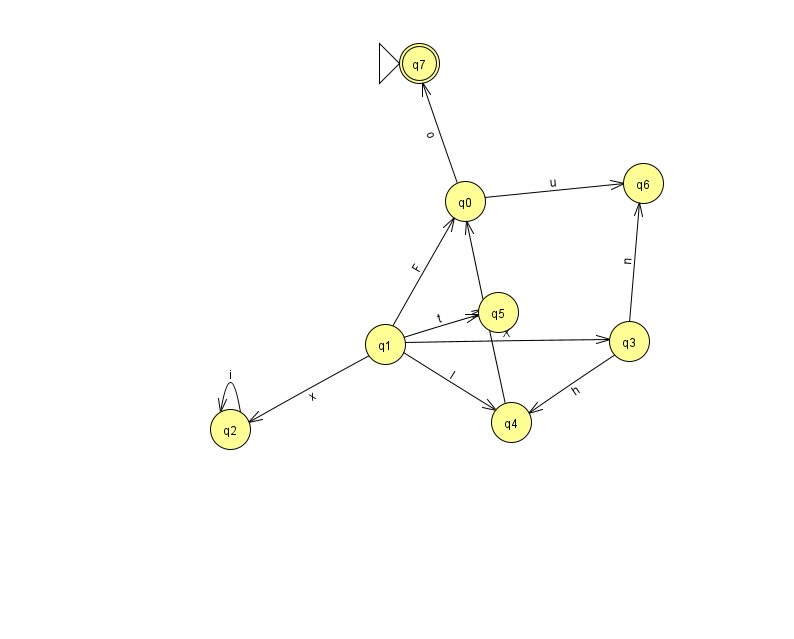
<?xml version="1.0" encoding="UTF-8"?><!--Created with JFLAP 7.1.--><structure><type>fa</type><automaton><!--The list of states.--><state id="0" name="q0"><x>465.0</x><y>188.0</y></state><state id="1" name="q1"><x>385.0</x><y>331.0</y></state><state id="2" name="q2"><x>230.0</x><y>416.0</y></state><state id="3" name="q3"><x>629.0</x><y>328.0</y></state><state id="4" name="q4"><x>511.0</x><y>409.0</y></state><state id="5" name="q5"><x>498.0</x><y>299.0</y></state><state id="6" name="q6"><x>643.0</x><y>170.0</y></state><state id="7" name="q7"><x>419.0</x><y>50.0</y><initial/><final/></state><!--The list of transitions.--><transition><from>1</from><to>2</to><read>x</read></transition><transition><from>1</from><to>0</to><read>F</read></transition><transition><from>3</from><to>6</to><read>n</read></transition><transition><from>3</from><to>4</to><read>h</read></transition><transition><from>4</from><to>0</to><read>M</read></transition><transition><from>1</from><to>4</to><read>I</read></transition><transition><from>1</from><to>5</to><read>t</read></transition><transition><from>2</from><to>2</to><read>i</read></transition><transition><from>1</from><to>3</to><read>X</read></transition><transition><from>0</from><to>7</to><read>o</read></transition><transition><from>0</from><to>6</to><read>u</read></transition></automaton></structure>